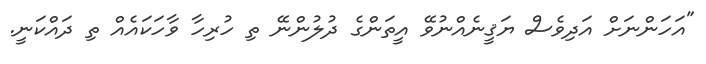
"އަހަންނަށް އަދިވެސް ޔަޤީނެއްނުވޭ އީތަންގެ ދުލުންނޭ ތި ހުރިހާ ވާހަކައެއް ތި ދައްކަނީ.